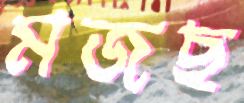
মজছ